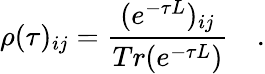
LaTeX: \rho(\tau)_{ij}=\frac{(e^{-\tau L})_{ij}}{Tr(e^{-\tau L})}\quad.